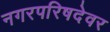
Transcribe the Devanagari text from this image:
नगरपरिषदेवर